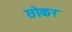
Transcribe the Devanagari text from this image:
छोकर